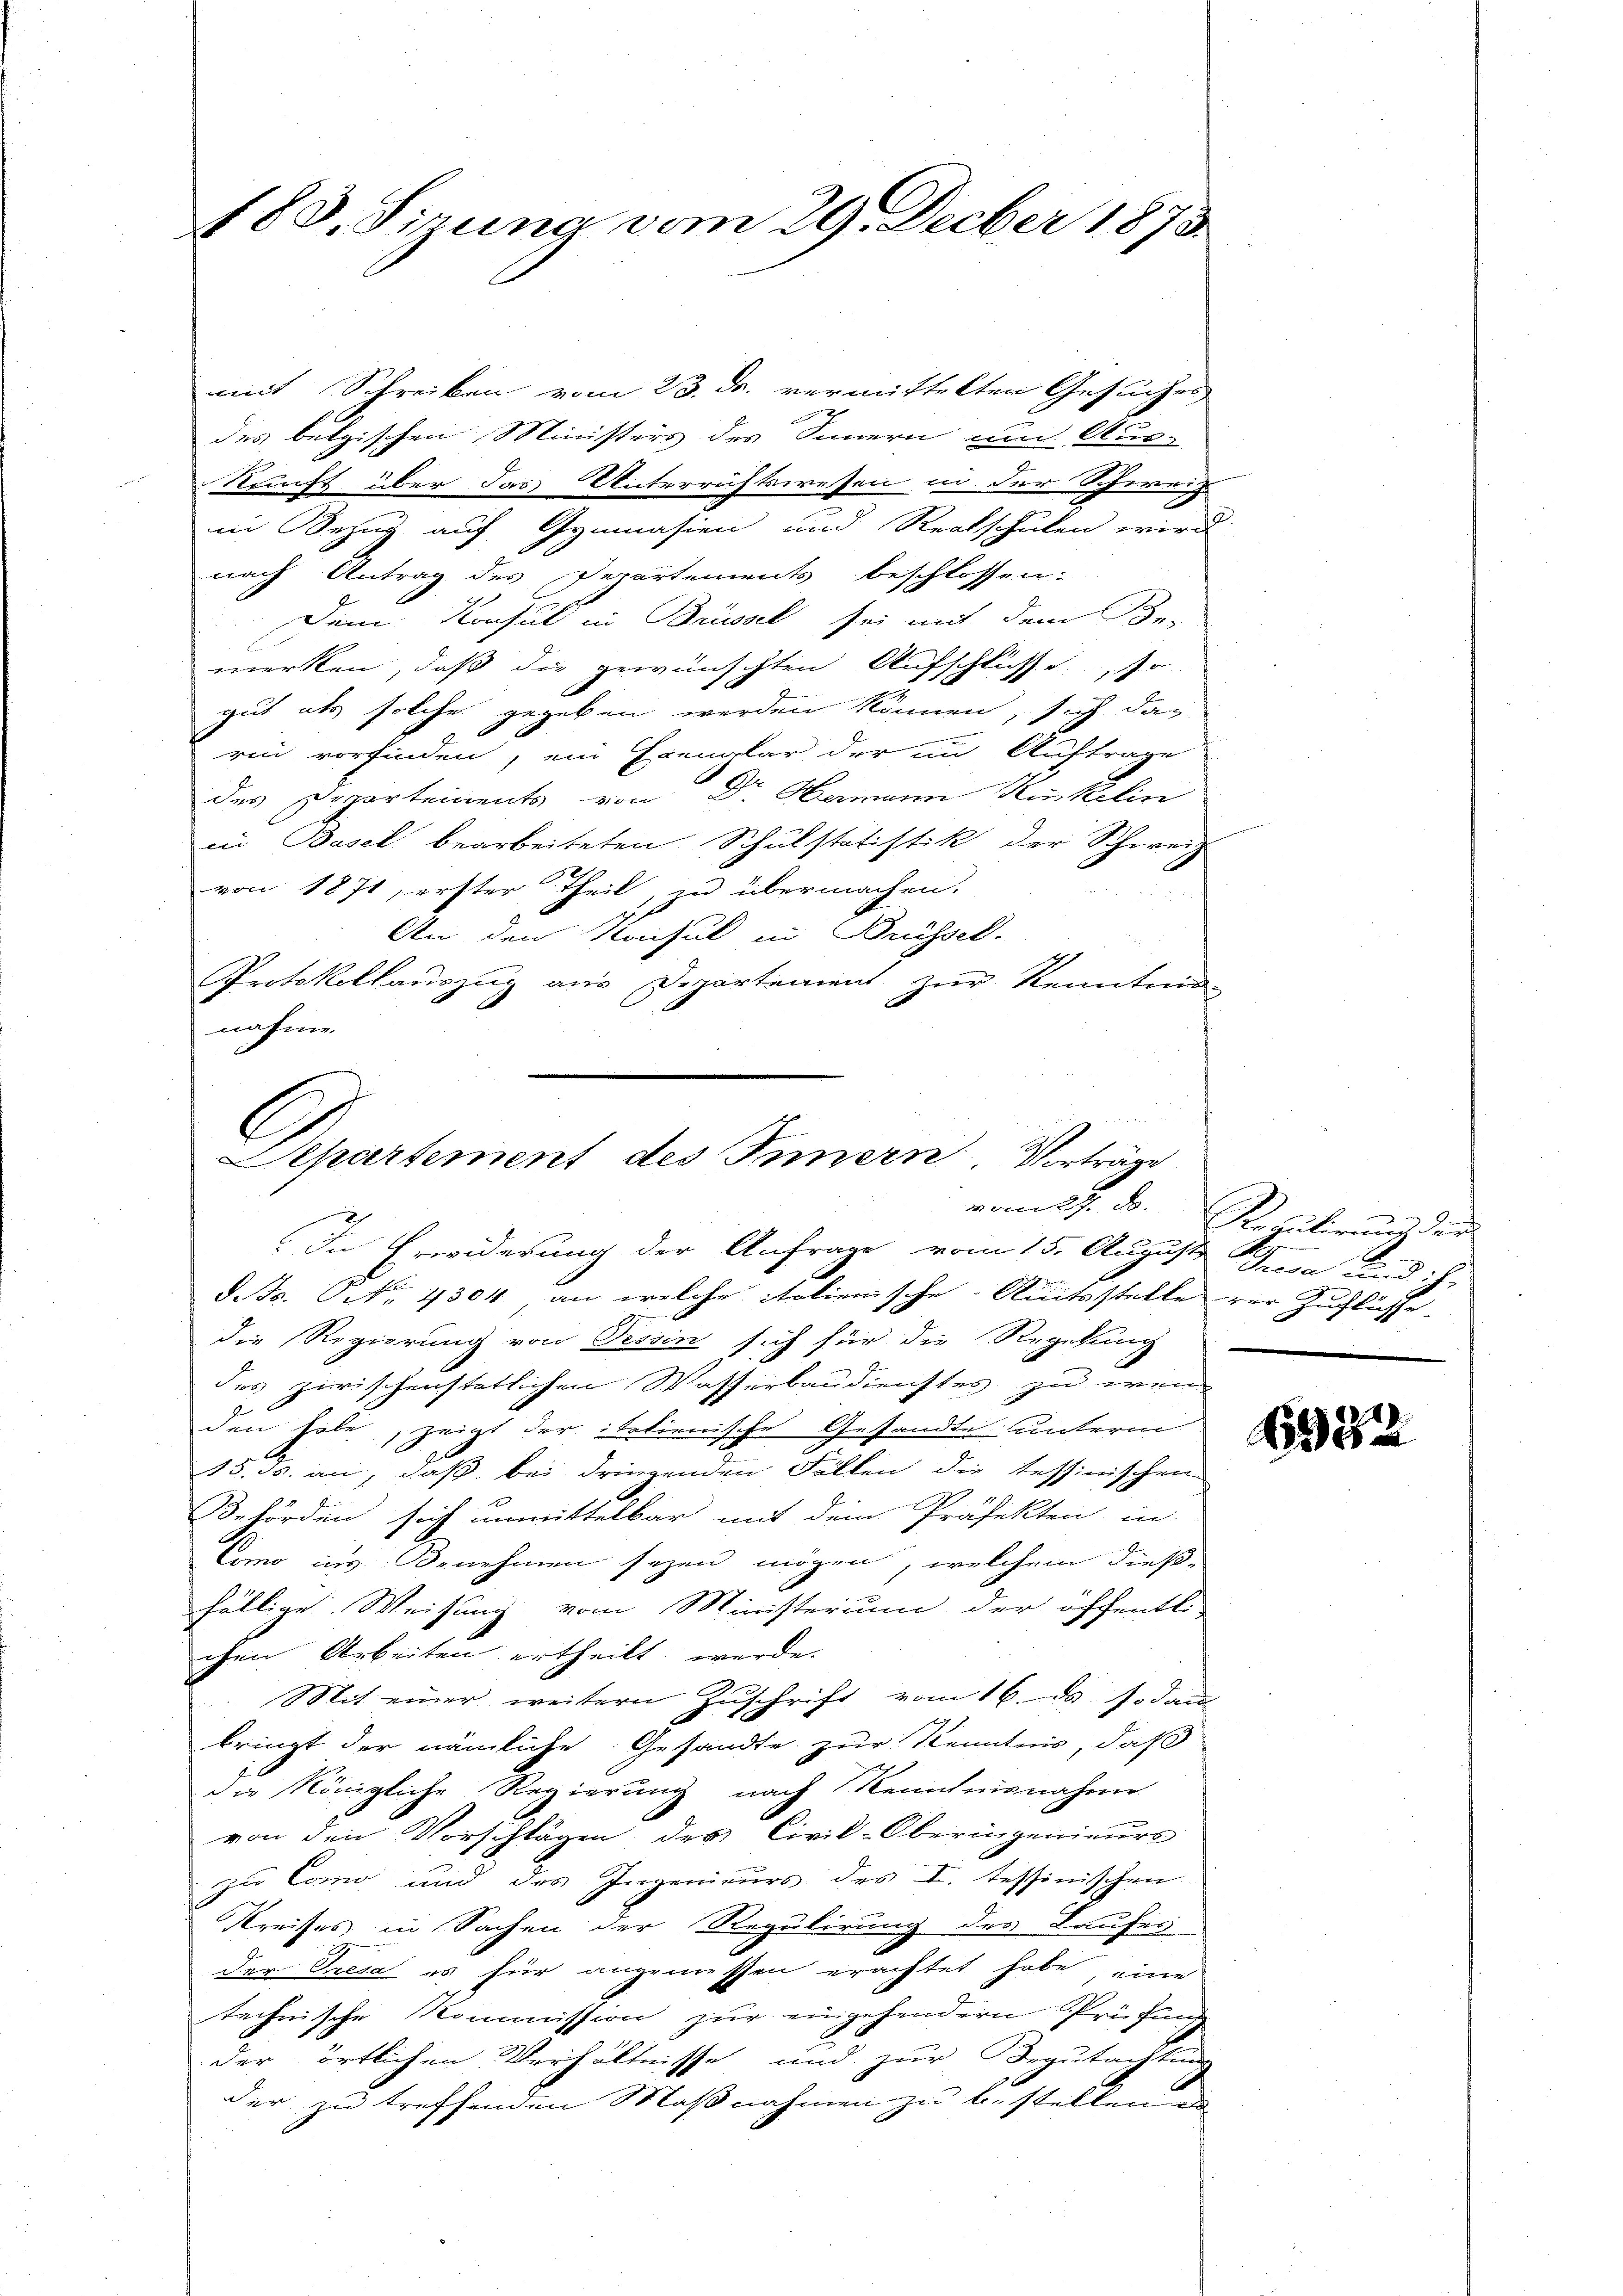
183. Sizung vom 29. Decber 1873.

mit Schreiben vom 23. d. vermittelten Gesuches

des belgischen Ministers des Sinnern um Aus-
Kunft über das Unterrichtswesen in der Schweiz
in Bezug auf Gymnasien und Realschulen wird
nach Antrag des Departements beschlossen:
Dein Konsul in Brüssel sei mit dem Be-
merken, daß die gewünschten Aufschlüsse, so
gut als solche gegeben werden können, sich das
rin vorfinden, ein Exemplar der in Auftrage
des Departements von Dr. Hermann Kinkelin
in Basel bearbeiteten Schulstatistik der Schweiz
von 1871, erster Theil, zu übermachen.
An den Konsul in Brüssel.
Protokollauszug aus Departement zur Kenntnis-
nahme.

Separtement des Innern. Vorträge

In Erwiderung der Anfrage vom 15. Auguste Jura und ihr
d. Fr. Tit. 1304, an welche folienische Amtsstelle zur Zuflüsse,
die Regierung von Tessin sich für die Regelung
des zwischenstätlichen Wasserbaudienstes zu wen
den habe, zeigt der italienische Gesandte unterm
15. ds. an, daß bei dringenden Fällen die tessinischen
Behörden sich unmittelbar mit dem Präfekten in
Como ins Benehmen seyen mögen, welchem dieß-
fällige Weisung vom Ministerium der öffentli
chen Arbeiten ertheilt werde.
Mit einer weitern Zuschrift vom 16. ds sodan
bringt der nämliche Gesandte zur Kenntnis, daß
die Königliche Regierung nach Kenntnisnahme
von den Vorschlägen des Civil-Oberingenieurs
zu Como und des Ingenieurs des I. tessinischen
Preises in Sachen der Regulirung des Laufes
der Tresa es für angemessen erachtet habe eine
technische Kommission zur eingehendern Prüfung
der örtlichen Verhältnisse und zur Begutachtung
der zu treffenden Maßnahmen zu b. stellen an¬

vom 27. d. Regulirung der

382